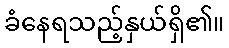
ခံနေရသည့်နှယ်ရှိ၏။